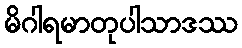
မိဂါရမာတုပါသာဒဿ